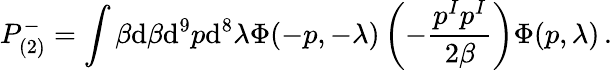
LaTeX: P_{(2)}^{-}=\int\beta\mathrm{d}\beta\mathrm{d}^{9}p\mathrm{d}^{8}\lambda\Phi(-p,-\lambda)\left(-\frac{{p^{I}p^{I}}}{{2\beta}}\right)\Phi(p,\lambda)\, .